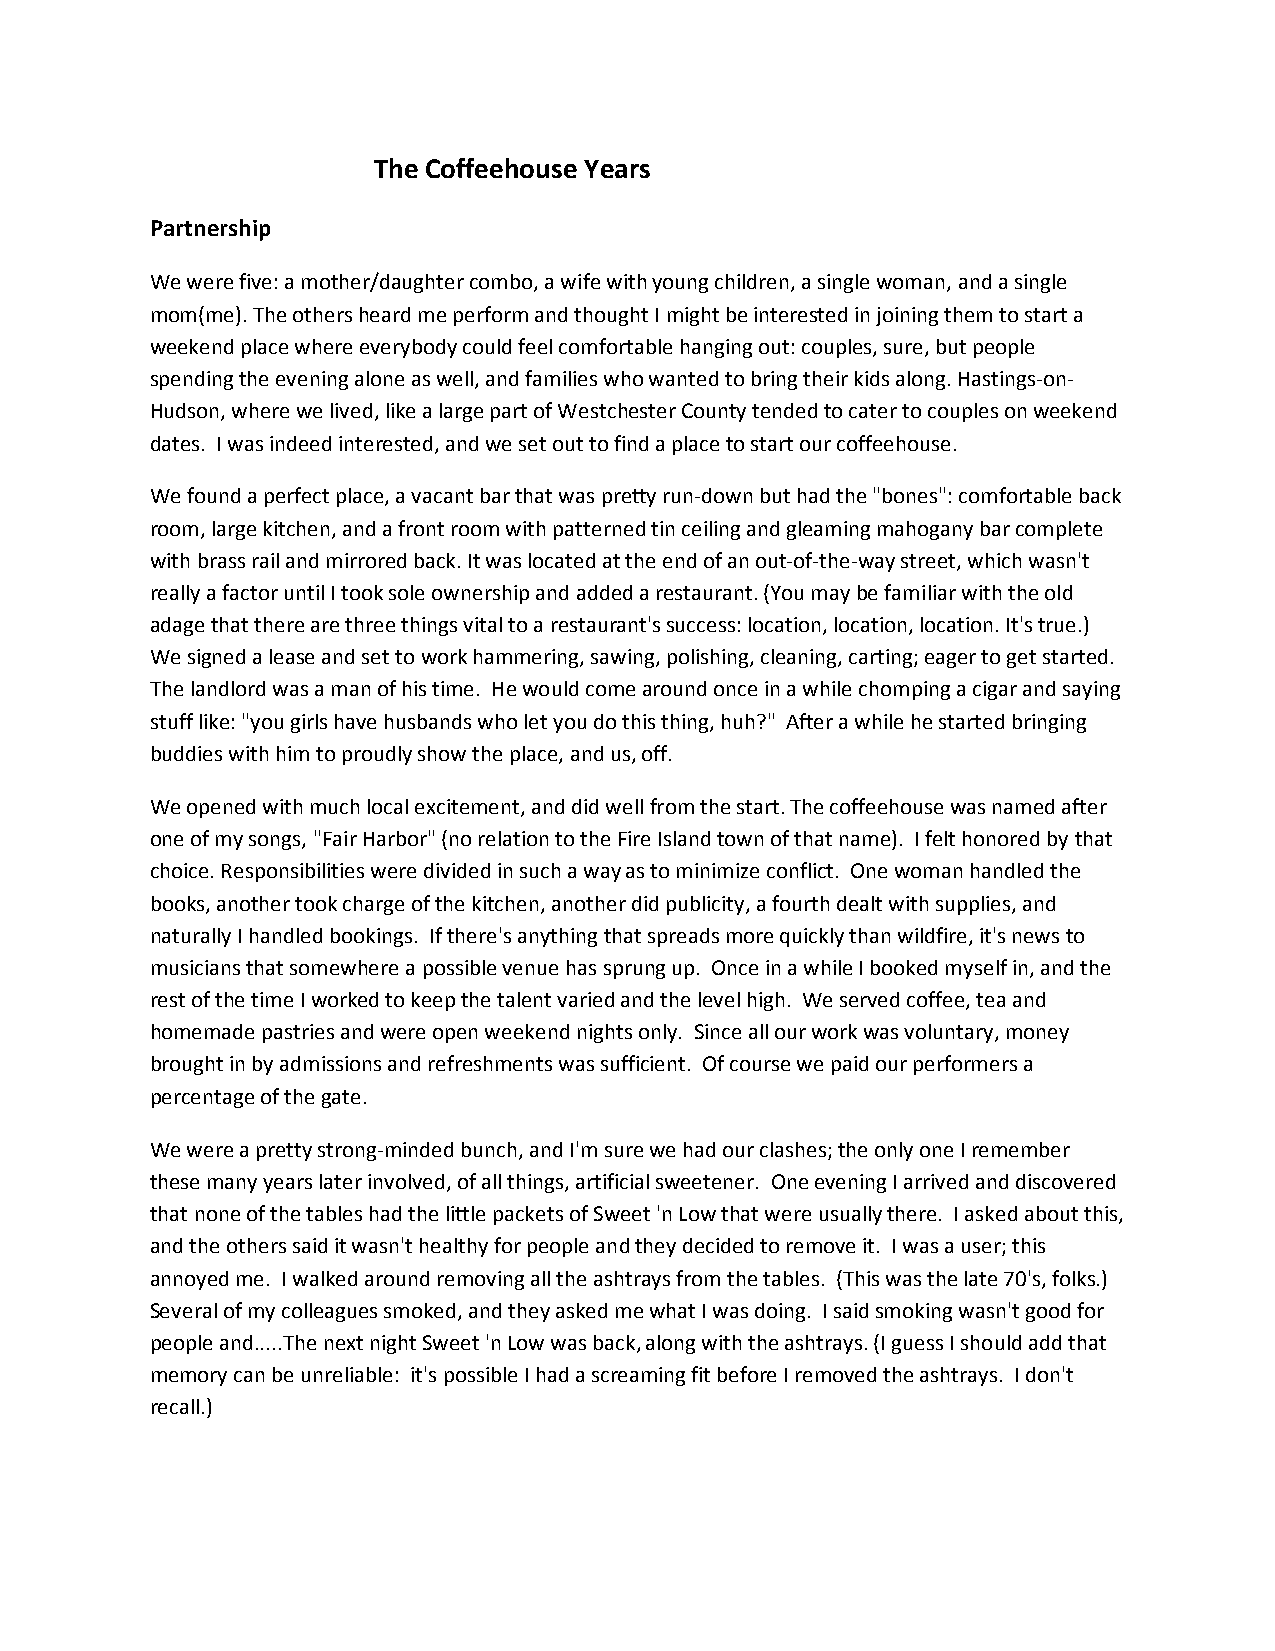
The Coffeehouse Years
 Partnership
 We were five: a mother/daughter combo, a wife with young children, a single woman, and a single
 mom(me). The others heard me perform and thought I might be interested in joining them to start a
 weekend place where everybody could feel comfortable hanging out: couples, sure, but people
 spending the evening alone as well, and families who wanted to bring their kids along. Hastings-on-
 Hudson, where we lived, like a large part of Westchester County tended to cater to couples on weekend
 dates. I was indeed interested, and we set out to find a place to start our coffeehouse.
 We found a perfect place, a vacant bar that was pretty run-down but had the "bones": comfortable back
 room, large kitchen, and a front room with patterned tin ceiling and gleaming mahogany bar complete
 with brass rail and mirrored back. It was located at the end of an out-of-the-way street, which wasn't
 really a factor until I took sole ownership and added a restaurant. (You may be familiar with the old
 adage that there are three things vital to a restaurant's success: location, location, location. It's true.)
 We signed a lease and set to work hammering, sawing, polishing, cleaning, carting; eager to get started.
 The landlord was a man of his time. He would come around once in a while chomping a cigar and saying
 stuff like: "you girls have husbands who let you do this thing, huh?" After a while he started bringing
 buddies with him to proudly show the place, and us, off.
 We opened with much local excitement, and did well from the start. The coffeehouse was named after
 one of my songs, "Fair Harbor" (no relation to the Fire Island town of that name). I felt honored by that
 choice. Responsibilities were divided in such a way as to minimize conflict. One woman handled the
 books, another took charge of the kitchen, another did publicity, a fourth dealt with supplies, and
 naturally I handled bookings. If there's anything that spreads more quickly than wildfire, it's news to
 musicians that somewhere a possible venue has sprung up. Once in a while I booked myself in, and the
 rest of the time I worked to keep the talent varied and the level high. We served coffee, tea and
 homemade pastries and were open weekend nights only. Since all our work was voluntary, money
 brought in by admissions and refreshments was sufficient. Of course we paid our performers a
 percentage of the gate.
 We were a pretty strong-minded bunch, and I'm sure we had our clashes; the only one I remember
 these many years later involved, of all things, artificial sweetener. One evening I arrived and discovered
 that none of the tables had the little packets of Sweet 'n Low that were usually there. I asked about this,
 and the others said it wasn't healthy for people and they decided to remove it. I was a user; this
 annoyed me. I walked around removing all the ashtrays from the tables. (This was the late 70's, folks.)
 Several of my colleagues smoked, and they asked me what I was doing. I said smoking wasn't good for
 people and.....The next night Sweet 'n Low was back, along with the ashtrays. (I guess I should add that
 memory can be unreliable: it's possible I had a screaming fit before I removed the ashtrays. I don't
 recall.)